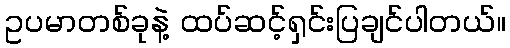
ဥပမာတစ်ခုနဲ့ ထပ်ဆင့်ရှင်းပြချင်ပါတယ်။